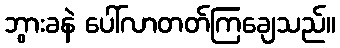
ဘွားခနဲ ပေါ်လာတတ်ကြချေသည်။